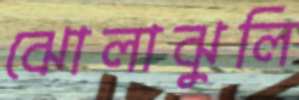
ঝোলাঝুলি